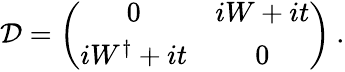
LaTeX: {\cal D}=\left(\begin{array}{cc}{{0}}&{{iW+it}}\\ {{iW^{\dagger}+it}}&{{0}}\end{array}\right)\: .